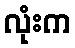
လုံးက